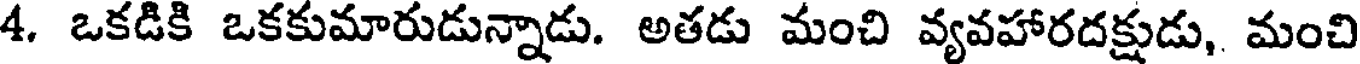
4. ఒకడికి ఒకకుమారుడున్నాడు. అతడు మంచి వ్యవహారదక్షుడు, మంచి